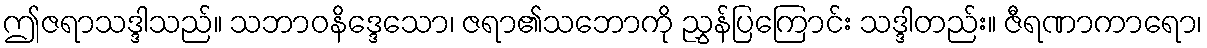
ဤဇရာသဒ္ဒါသည်။ သဘာဝနိဒ္ဒေသော၊ ဇရာ၏သဘောကို ညွှန်ပြကြောင်း သဒ္ဒါတည်း။ ဇီရဏာကာရော၊